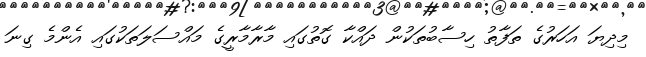
މިދިޔަ އަހަރުގެ ތަފާތު ހިސާބުތަކުން ދައްކާ ގޮތުގައި މާރާމާރީގެ މައްސަލަތަކުގައި އެންމެ ގިނަ